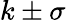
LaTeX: k\pm\sigma